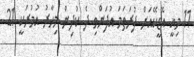
11 މިއީ އޭޑީކޭއަށް ފުރަތަމަ އުފަންވި ދެ ކުދިން މިހާރު އުމުރަކީ 21